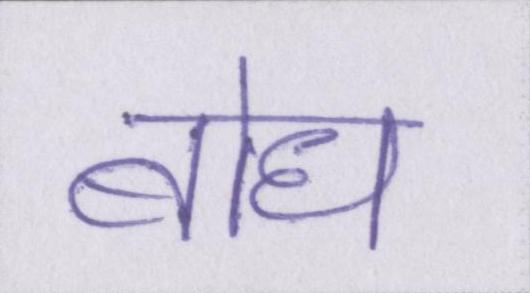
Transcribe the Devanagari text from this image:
बोध